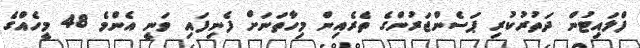
ފްލައިޓުން ދަތުރުކުރި ޕަސެންޖަރުންގެ ތެރެއިން މިހާތަނަށް ފެނިފައި ވަނީ އެންމެ 48 މީހެއްގެ